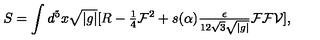
S = \int d ^ { 5 } x \sqrt { | g | } [ R - { \textstyle \frac { 1 } { 4 } } \mathcal { F } ^ { 2 } + s ( \alpha ) { \textstyle \frac { \epsilon } { 1 2 \sqrt { 3 } \sqrt { | g | } } } \mathcal { F } \mathcal { F } \mathcal { V } ] ,